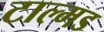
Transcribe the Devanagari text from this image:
टाल्मड